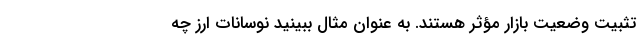
تثبیت وضعیت بازار مؤثر هستند. به عنوان مثال ببینید نوسانات ارز چه